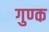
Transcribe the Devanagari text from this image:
गुण्क